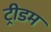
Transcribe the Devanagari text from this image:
ट्रीडम